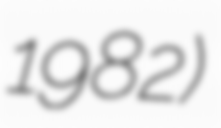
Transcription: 1982)